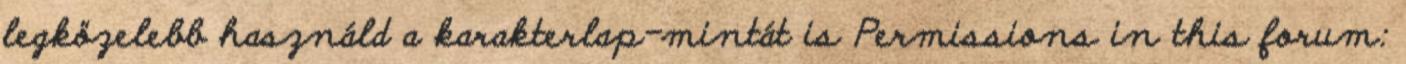
legközelebb használd a karakterlap-mintát is Permissions in this forum: